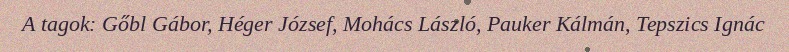
A tagok: Gőbl Gábor, Héger József, Mohács László, Pauker Kálmán, Tepszics Ignác